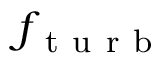
f _ { \mathrm { ~ t ~ u ~ r ~ b ~ } }